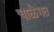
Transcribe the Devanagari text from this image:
चाळेगत